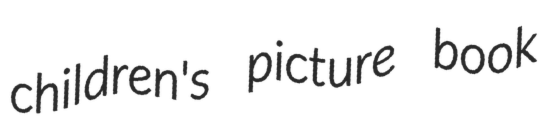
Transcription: children's picture book